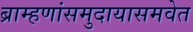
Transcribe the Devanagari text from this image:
ब्राम्हणांसमुदायासमवेत